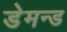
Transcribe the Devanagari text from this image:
डेमन्ड